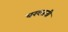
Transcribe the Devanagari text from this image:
वखतनी